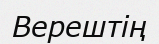
Верештің